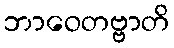
ဘာဝေတဗ္ဗာတိ